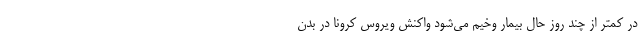
در کمتر از چند روز حال بیمار وخیم می‌شود واکنش ویروس کرونا در بدن